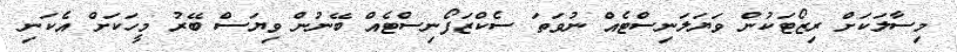
މިސާލަކަށް ރިޒޯޓަކުން ވަޔަލަނިސްޓެއް ނުވަތަ ސެކްޒަފޯނިސްޓެއް ބޭނުން ވިޔަސް ބޭރު މީހަކަށް އެކަނި